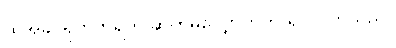
ထိုအခါ ရုတ်တရက် ဆက်မလျှောက်ဘဲ ရပ်လိုက်သည်။